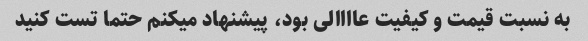
به نسبت قیمت و کیفیت عاااالی بود، پیشنهاد میکنم حتما تست کنید